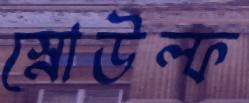
স্নোউল্ফ